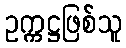
ဥက္ကဋ္ဌဖြစ်သူ